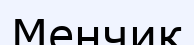
Менчик